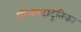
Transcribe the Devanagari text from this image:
श्रीशारदादूतिका